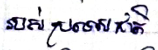
របស់ប្រទេសជាតិ